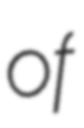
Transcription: of